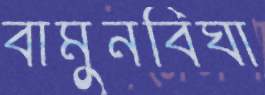
বামুনবিঘা